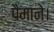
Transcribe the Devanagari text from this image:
पैमाने।